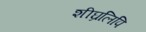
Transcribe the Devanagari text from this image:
शीघ्रलिपि